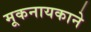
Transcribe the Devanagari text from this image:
मूकनायकाने